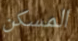
المسكن